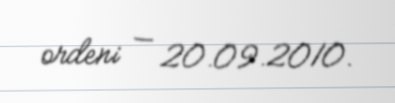
ordeni — 20.09.2010.